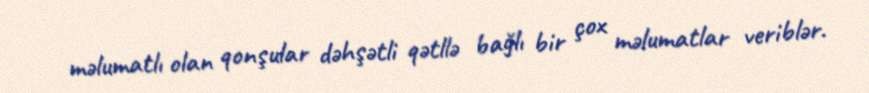
məlumatlı olan qonşular dəhşətli qətllə bağlı bir çox məlumatlar veriblər.